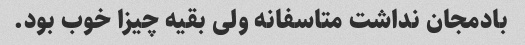
بادمجان نداشت متاسفانه ولی بقیه چیزا خوب بود.